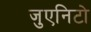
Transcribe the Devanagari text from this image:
जुएनिटो